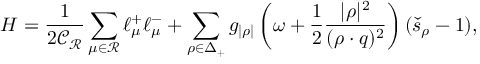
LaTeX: { \cal H } = \frac { 1 } { 2 \mathcal { C _ { R } } } \sum _ { \mu \in \mathcal { R } } \ell _ { \mu } ^ { + } \ell _ { \mu } ^ { - } + \sum _ { \rho \in \Delta _ { + } } g _ { | \rho | } \left( \omega + \frac { 1 } { 2 } { \frac { | \rho | ^ { 2 } } { ( \rho \cdot q ) ^ { 2 } } } \right) ( \check { s } _ { \rho } - 1 ) ,